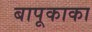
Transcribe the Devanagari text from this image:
बापूकाका